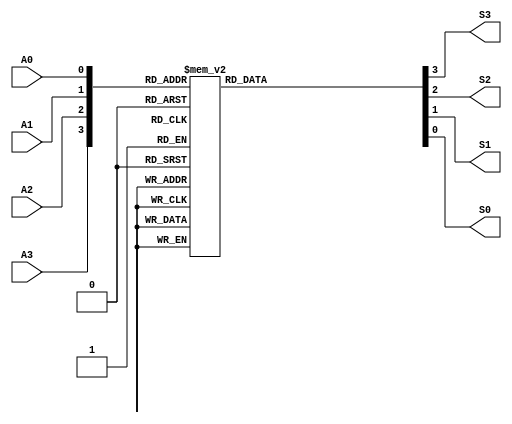
module LAB02_BINTOBCD (
    A3,A2,A1,A0,S3,S2,S1,S0
);
    input A3,A2,A1,A0;
    output S3,S2,S1,S0;

    reg [3:0] out;
    
    always @(A3,A2,A1,A0) begin
        case({A3,A2,A1,A0})
        4'b0000 : out <= 4'b0000;
        4'b0001 : out <= 4'b0001;
        4'b0010 : out <= 4'b0010;
        4'b0011 : out <= 4'b0011;
        4'b0100 : out <= 4'b0100;
        4'b0101 : out <= 4'b0101;
        4'b0110 : out <= 4'b0110;
        4'b0111 : out <= 4'b0111;
        4'b1000 : out <= 4'b1000;
        4'b1001 : out <= 4'b1001;
        default : out <= 4'b0000;
        endcase
    end


    assign {S3,S2,S1,S0} = out;

   
    

endmodule